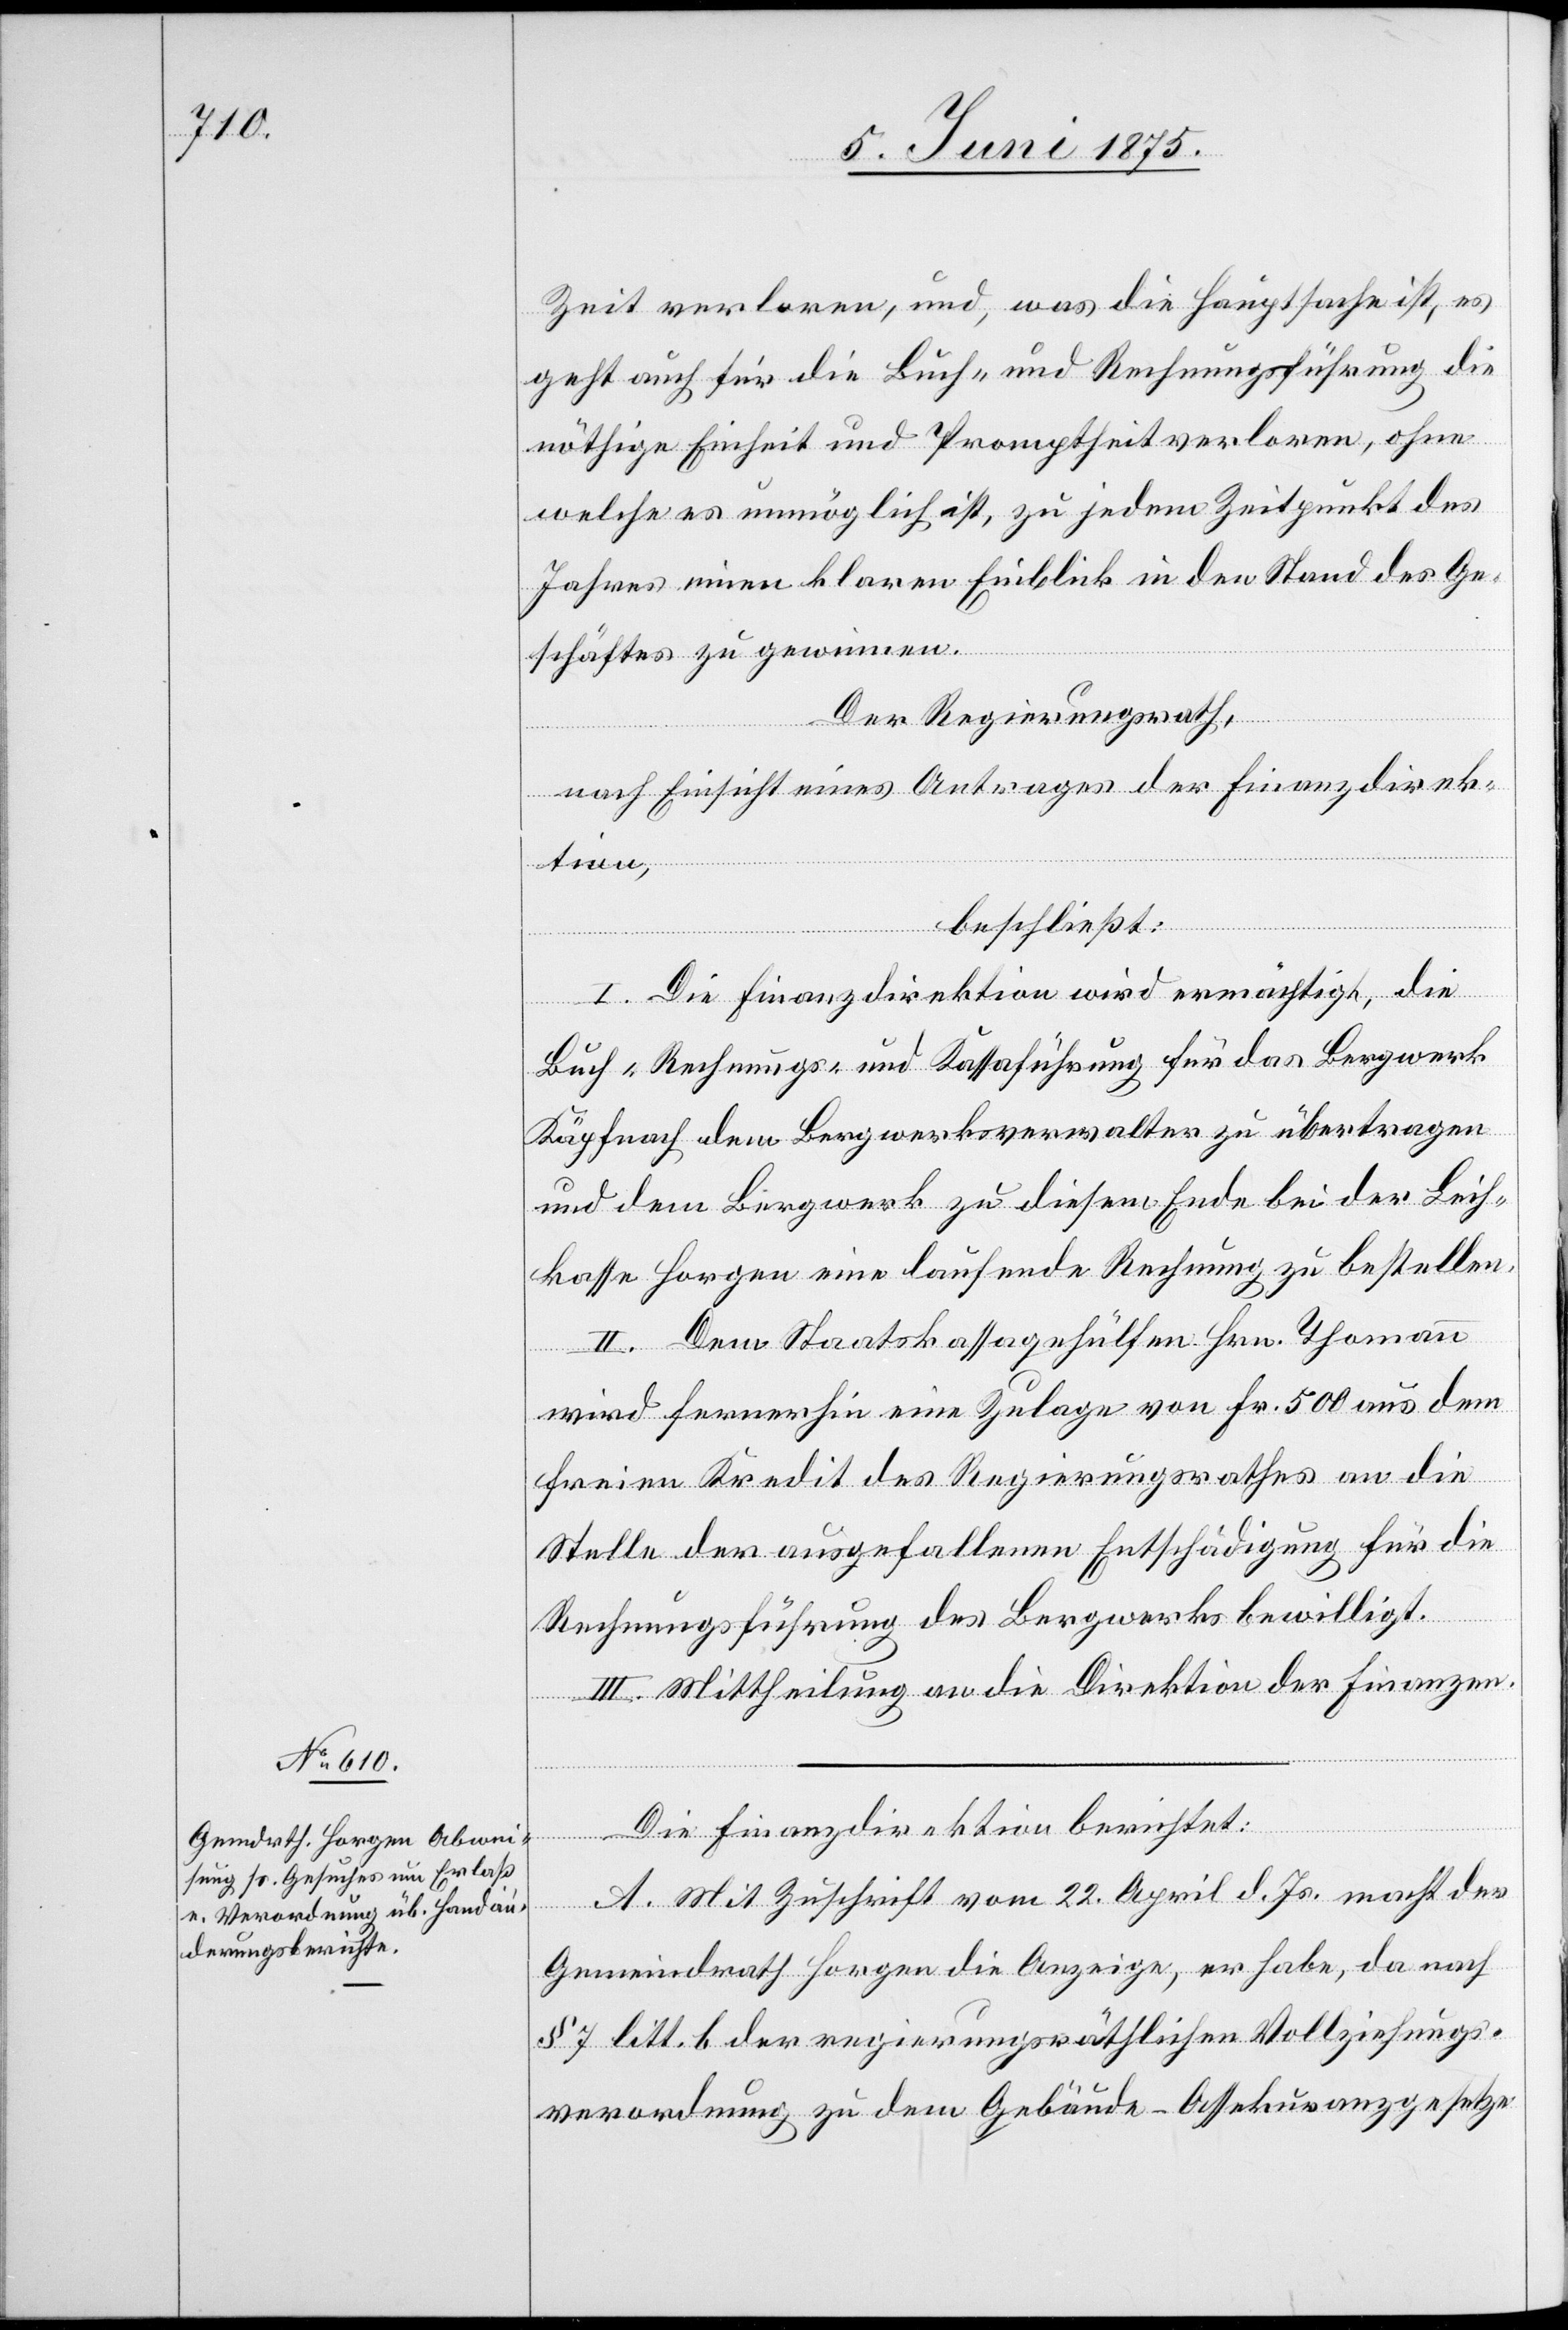
Zeit verloren, und, was die Hauptsache ist, es
geht auch für die Buch- und Rechnungsführung die
nöthige Einheit und Promptheit verloren, ohne
welche es unmöglich ist, zu jedem Zeitpunkt des
Jahres einen klaren Einblick in den Stand des Ge¬
schäftes zu gewinnen.
rektion
Der Regierungsrath,
nach Einsicht eines Antrages der Finanzdirek¬
tion,
beschließt:
I. Die Finanzdirektion wird ermächtigt, die
Buch-[,] Rechnungs- und Kassaführung für das Bergwerk
Käpfnach dem Bergwerksverwalter zu übertragen
und dem Bergwerk zu diesem Ende bei der Leih¬
kasse Horgen eine laufende Rechnung zu bestellen.
II. Dem Staatskassagehülfen Hrn. Thomann
wird fernerhin eine Zulage von Fr. 500 aus dem
freien Kredit des Regierungsrathes an die
Stelle der ausgefallenen Entschädigung für die
Rechnungsführung des Bergwerkes bewilligt.
III. Mittheilung an die Direktion der Finanzen.
A. Mit Zuschrift vom 22. April d. Js. macht der
berichtet:
Gemeindrath Horgen die Anzeige, er habe, da nach
§ 7 litt. b der regierungsräthlichen Vollziehungs¬
verordnung zu dem Gebäude-Assekuranzgesetze